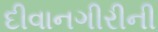
દીવાનગીરીની